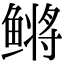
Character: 鳉